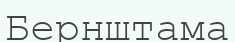
Бернштама